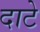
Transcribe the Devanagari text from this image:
दाटे